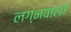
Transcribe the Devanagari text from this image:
लग्नवालों